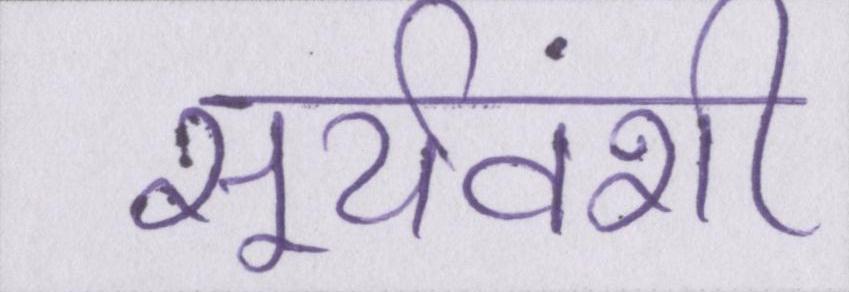
सूर्यवंशी